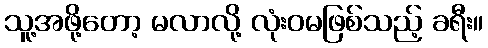
သူ့အဖို့တော့ မလာလို့ လုံးဝမဖြစ်သည့် ခရီး။